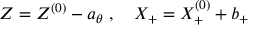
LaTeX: Z = Z ^ { ( 0 ) } - a _ { \theta } ~ , ~ ~ ~ X _ { + } = X _ { + } ^ { ( 0 ) } + b _ { + }